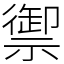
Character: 禦